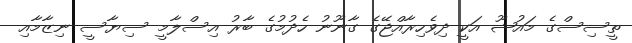
ތީސިސްގެ މައުޟޫ އަކީ ދިވެހިރާއްޖޭގެ ގާނޫނު ހެދުމުގެ ބާރު އިސްލާމީ ސިޔާސީ ނިޒާމާއި